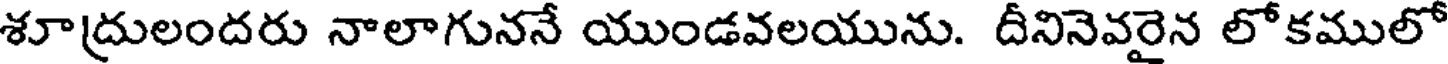
శూద్రులందరు నాలాగుననే యుండవలయును. దీనినెవరైన లోకములో